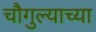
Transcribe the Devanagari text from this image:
चौगुल्याच्या